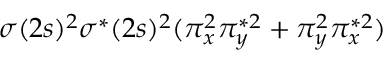
\sigma ( 2 s ) ^ { 2 } \sigma ^ { * } ( 2 s ) ^ { 2 } ( \pi _ { x } ^ { 2 } \pi _ { y } ^ { * 2 } + \pi _ { y } ^ { 2 } \pi _ { x } ^ { * 2 } )